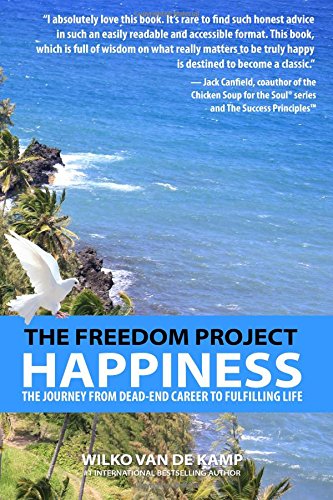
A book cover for The Freedom Project: Happiness: The Journey From Dead-End Career To Fulfilling Life (Volume 2); Wilko van de Kamp; Business & Money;